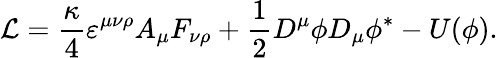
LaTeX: {\cal L}=\frac\kappa 4\varepsilon^{\mu\nu\rho}A_{\mu}F_{\nu\rho}+\frac 12D^{\mu}\phi D_{\mu}\phi^{*}-U(\phi).